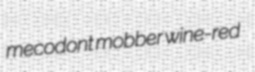
mecodont mobber wine-red